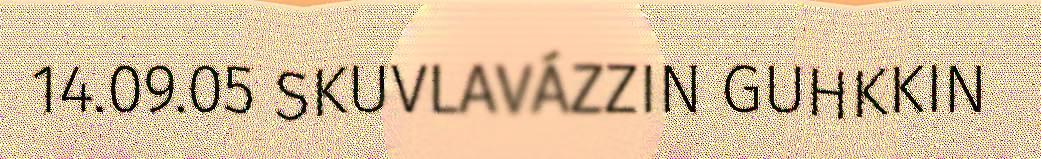
14.09.05 SKUVLAVÁZZIN GUHKKIN